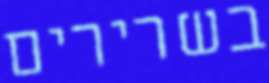
בשרירים